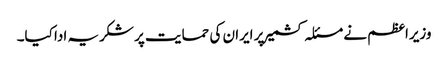
وزیراعظم نے مسئلہ کشمیر پر ایران کی حمایت پر شکریہ ادا کیا۔